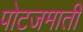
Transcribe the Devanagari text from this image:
पोटजमाती